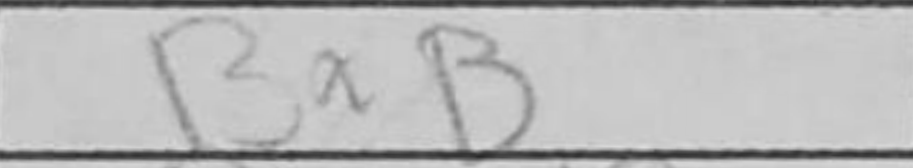
Transcription: BxB